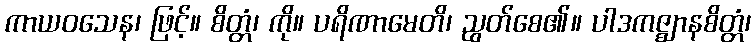
ကာယဝသေန၊ ဖြင့်။ စိတ္တံ၊ ကို။ ပရိဏာမေတိ၊ ညွတ်စေ၏။ ပါဒကဇ္ဈာနစိတ္တံ၊